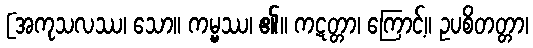
[အကုသလဿ၊ သော။ ကမ္မ္မဿ၊ ၏။ ကဋတ္တာ၊ ကြောင့်။ ဥပစိတတ္တာ၊